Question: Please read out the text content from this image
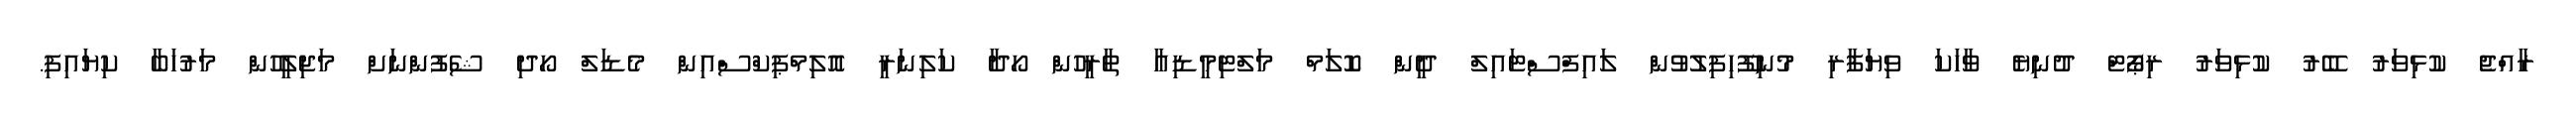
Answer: ރާއްޖެ ކުޅިވަރު ބޭރު ކުޅިވަރު ރިޕޯޓް ދުނިޔެ ވާހަކަ ވިޔަފާރި މުނިފޫހިފިލުވުން ލައިފްސްޓައިލް ދީން ކޮލަމް މަލްޓިމީޑިއާ ތާރީހުން ހޯދާ ކަލިނަރީ އޮލިމްޕިކްސްއިން މެޑަލް ހޯދި ޝެފުންނަށް މަޖިލީހުން މަރުހަބާ ކިޔައިފި.